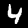
Digit: 4